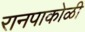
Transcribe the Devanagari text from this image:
रानपाकोळी